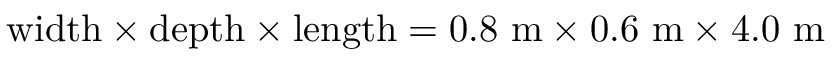
\mathrm { w i d t h } \times \mathrm { d e p t h } \times \mathrm { l e n g t h } = 0 . 8 ~ \mathrm { m } \times 0 . 6 ~ \mathrm { m } \times 4 . 0 ~ \mathrm { m }